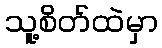
သူ့စိတ်ထဲမှာ